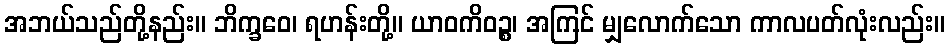
အဘယ်သည်တို့နည်း။ ဘိက္ခဝေ၊ ရဟန်းတို့။ ယာဝကိဝဉ္စ၊ အကြင် မျှလောက်သော ကာလပတ်လုံးလည်း။